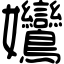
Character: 𡤻